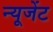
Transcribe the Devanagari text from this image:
न्यूजेंट